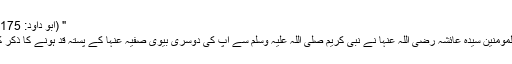
" (ابو داؤد: 2175)
ام المومنین سیدہ عائشہ رضی اللہ عنہا نے نبی کریم صلی اللہ علیہ وسلم سے آپ کی دوسری بیوی صفیہ عنہا کے پستہ قد ہونے کا ذکر کیا۔